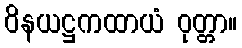
ဝိနယဋ္ဌကထာယံ ဝုတ္တာ။